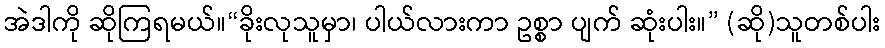
အဲဒါကို ဆိုကြရမယ်။“ခိုးလုသူမှာ၊ ပါယ်လားကာ ဥစ္စာ ပျက် ဆုံးပါး။” (ဆို)သူတစ်ပါး